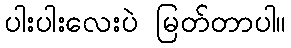
ပါးပါးလေးပဲ မြတ်တာပါ။